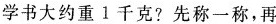
学书大约重1千克?先称一称，再